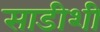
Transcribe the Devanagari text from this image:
साडीशी